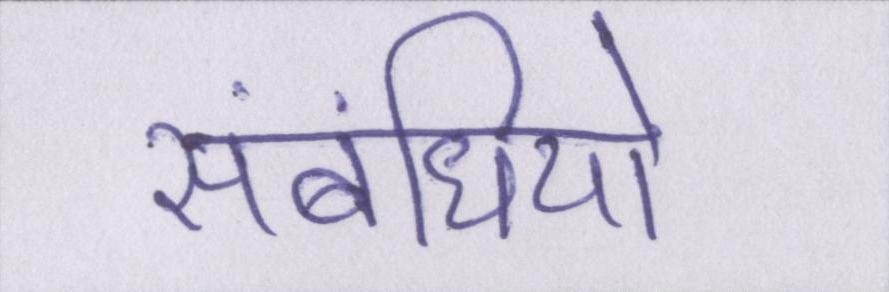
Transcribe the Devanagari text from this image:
संबंधियो